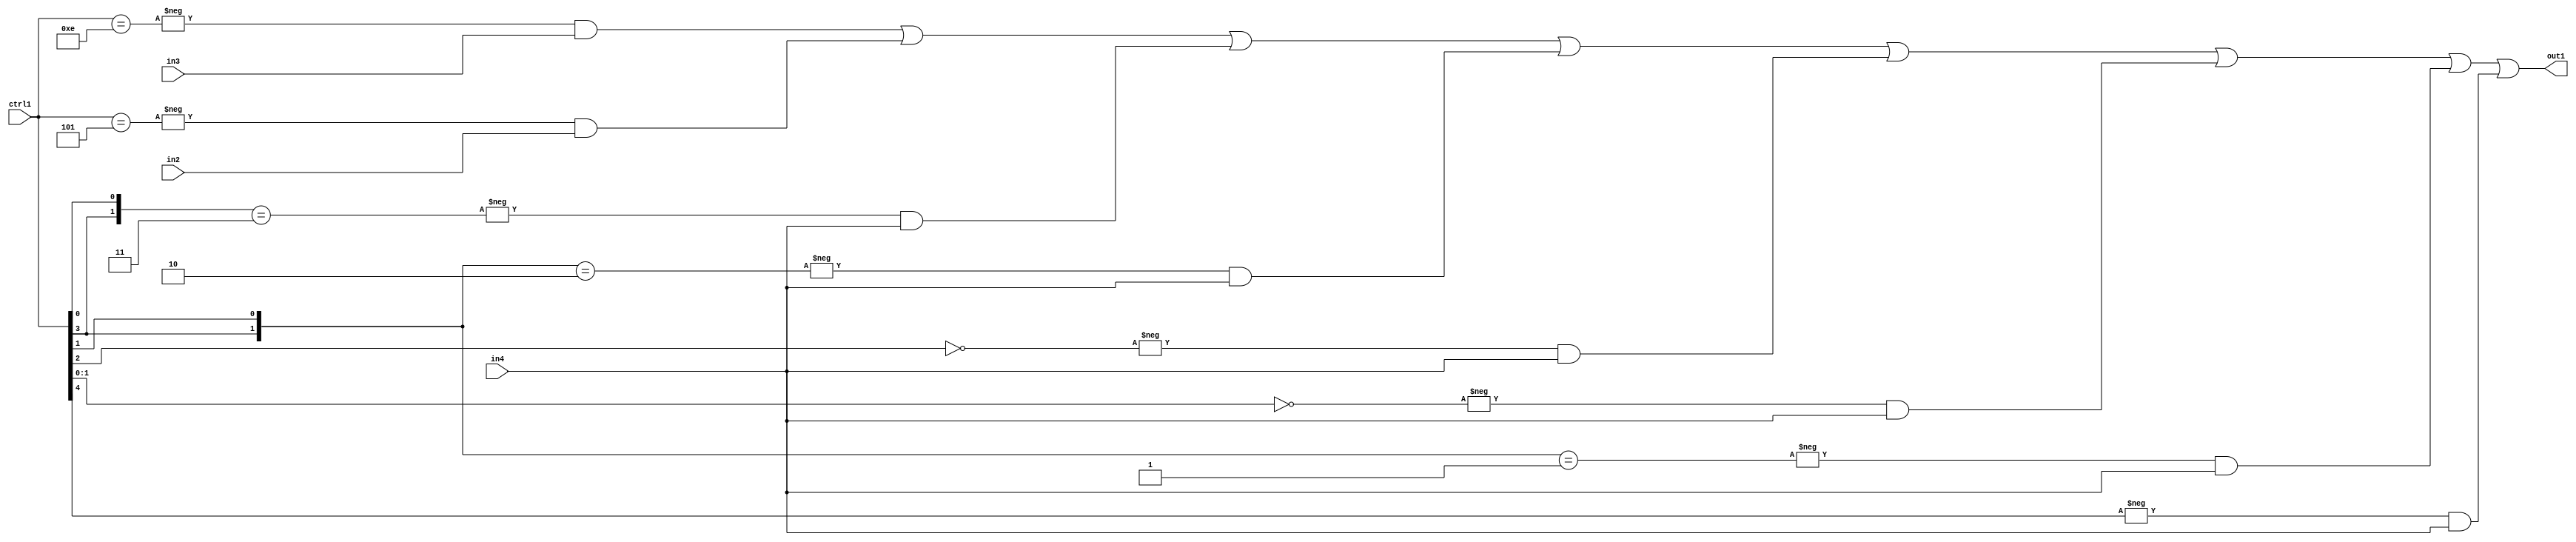
`timescale 1ps / 1ps
/*****************************************************************************
    Verilog RTL Description
    
    
    Created by: Stratus DpOpt 21.05.01 
*******************************************************************************/

module SobelFilter_N_Mux_20_3_17_4 (
	in4,
	in3,
	in2,
	ctrl1,
	out1
	); /* architecture "behavioural" */ 
input [19:0] in4,
	in3,
	in2;
input [4:0] ctrl1;
output [19:0] out1;
wire [19:0] asc001;

assign asc001 = 
	-{ctrl1 == 5'B01110} & in3 |
	-{ctrl1 == 5'B00101} & in2 |
	-{{ctrl1[3], ctrl1[0]} == 2'B11} & in4 |
	-{{ctrl1[3], ctrl1[1]} == 2'B10} & in4 |
	-{ctrl1[2] == 1'B0} & in4 |
	-{ctrl1[1:0] == 2'B00} & in4 |
	-{{ctrl1[3], ctrl1[1]} == 2'B01} & in4 |
	-{ctrl1[4] == 1'B1} & in4 ;

assign out1 = asc001;
endmodule

/* CADENCE  vrD2SQE= : u9/ySxbfrwZIxEzHVQQV8Q== ** DO NOT EDIT THIS LINE ******/